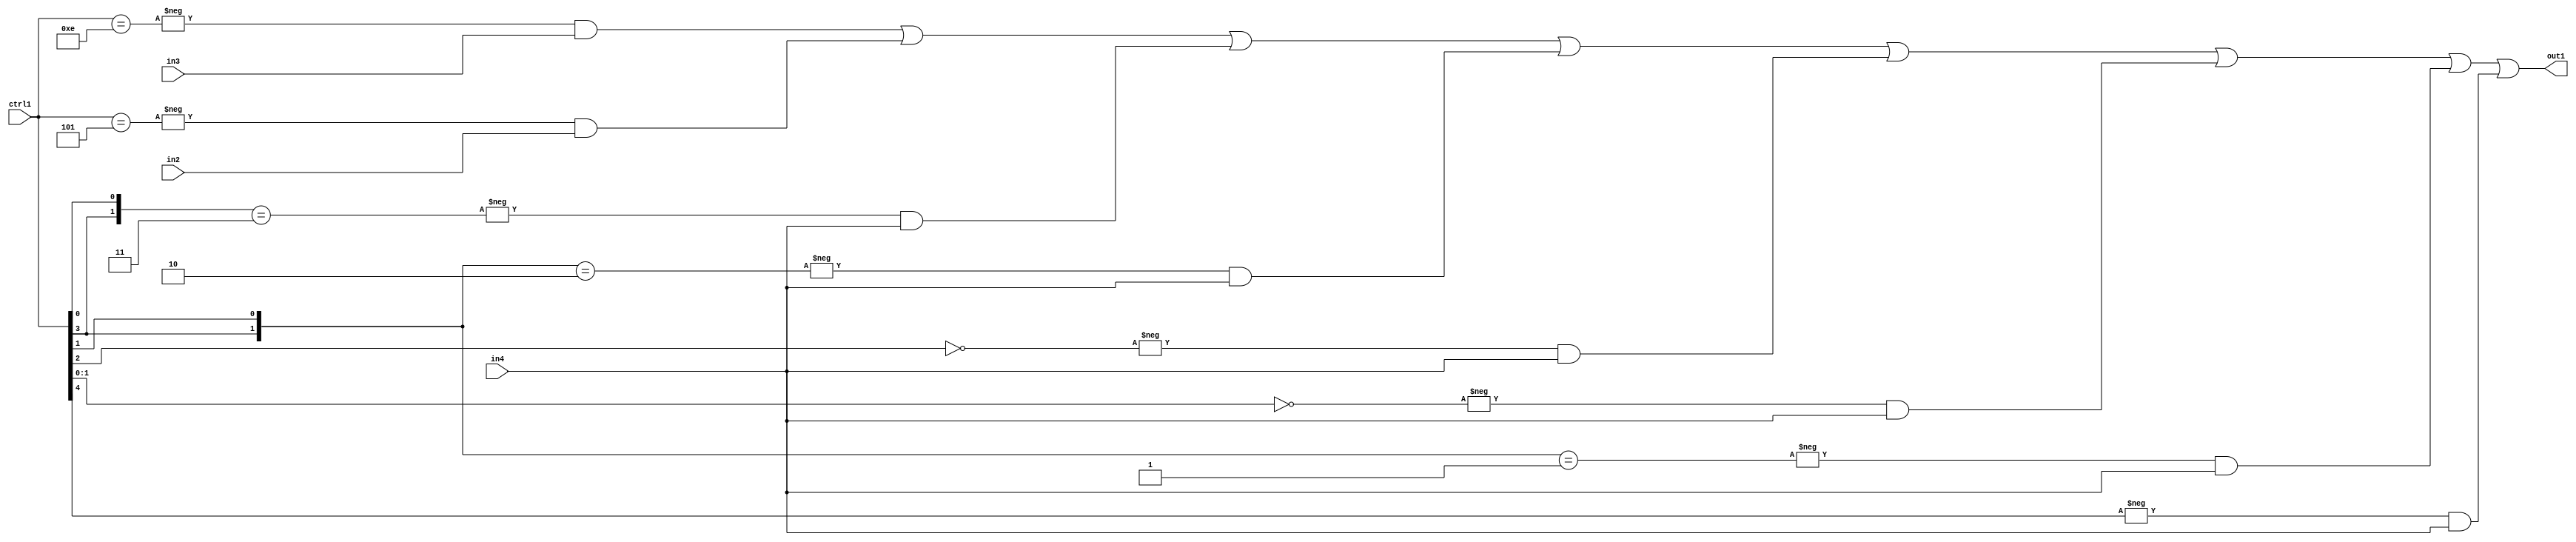
`timescale 1ps / 1ps
/*****************************************************************************
    Verilog RTL Description
    
    
    Created by: Stratus DpOpt 21.05.01 
*******************************************************************************/

module SobelFilter_N_Mux_20_3_17_4 (
	in4,
	in3,
	in2,
	ctrl1,
	out1
	); /* architecture "behavioural" */ 
input [19:0] in4,
	in3,
	in2;
input [4:0] ctrl1;
output [19:0] out1;
wire [19:0] asc001;

assign asc001 = 
	-{ctrl1 == 5'B01110} & in3 |
	-{ctrl1 == 5'B00101} & in2 |
	-{{ctrl1[3], ctrl1[0]} == 2'B11} & in4 |
	-{{ctrl1[3], ctrl1[1]} == 2'B10} & in4 |
	-{ctrl1[2] == 1'B0} & in4 |
	-{ctrl1[1:0] == 2'B00} & in4 |
	-{{ctrl1[3], ctrl1[1]} == 2'B01} & in4 |
	-{ctrl1[4] == 1'B1} & in4 ;

assign out1 = asc001;
endmodule

/* CADENCE  vrD2SQE= : u9/ySxbfrwZIxEzHVQQV8Q== ** DO NOT EDIT THIS LINE ******/